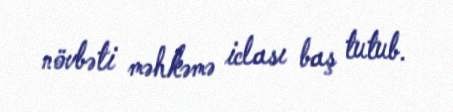
növbəti məhkəmə iclası baş tutub.